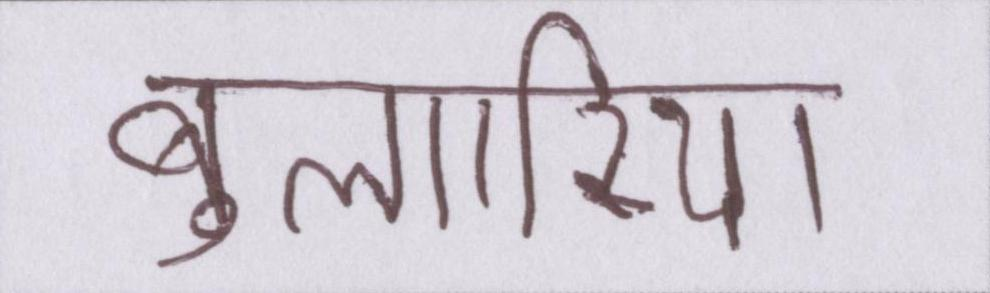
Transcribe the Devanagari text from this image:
बुल्गारिया